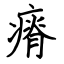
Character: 瘠